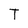
Character: T